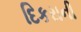
દિકરાની